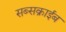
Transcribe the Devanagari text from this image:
सब्सक्राईब